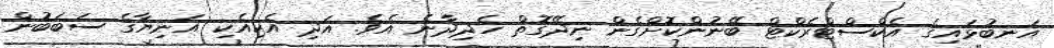
އަނބުޅައިގެ އެކްސްޓްރެކްޓް ބޭނުންކޮށްގެން ނިދޭގޮތް ހެދިދާނެ އެވެ. އަދި އެކިއެކި އަނިޔާގެ ސަބަބުން